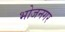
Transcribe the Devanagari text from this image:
भोजनगर